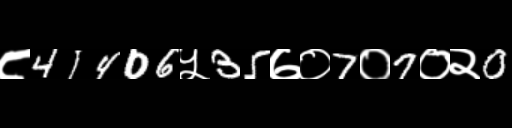
Text: ८41406५35७०7०7०२0